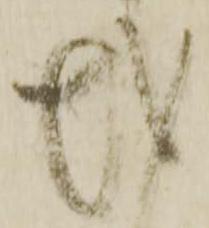
越